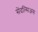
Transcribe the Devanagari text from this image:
सेंदल्सिअस